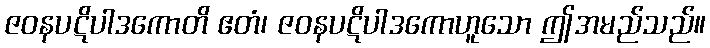
ဇဝနပဋိပါဒကောတိ ဧတံ၊ ဇဝနပဋိပါဒကောဟူသော ဤအမည်သည်။